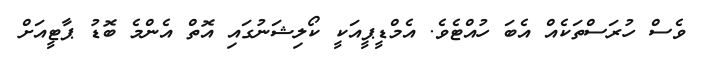
ވެސް ހުރަސްތަކެއް އެބަ ހުއްޓެވެ. އެމްޑީޕީއަކީ ކޯލިޝަނުގައި އޮތް އެންމެ ބޮޑު ޕާޓީއަށް